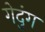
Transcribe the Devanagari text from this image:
गेदुंग